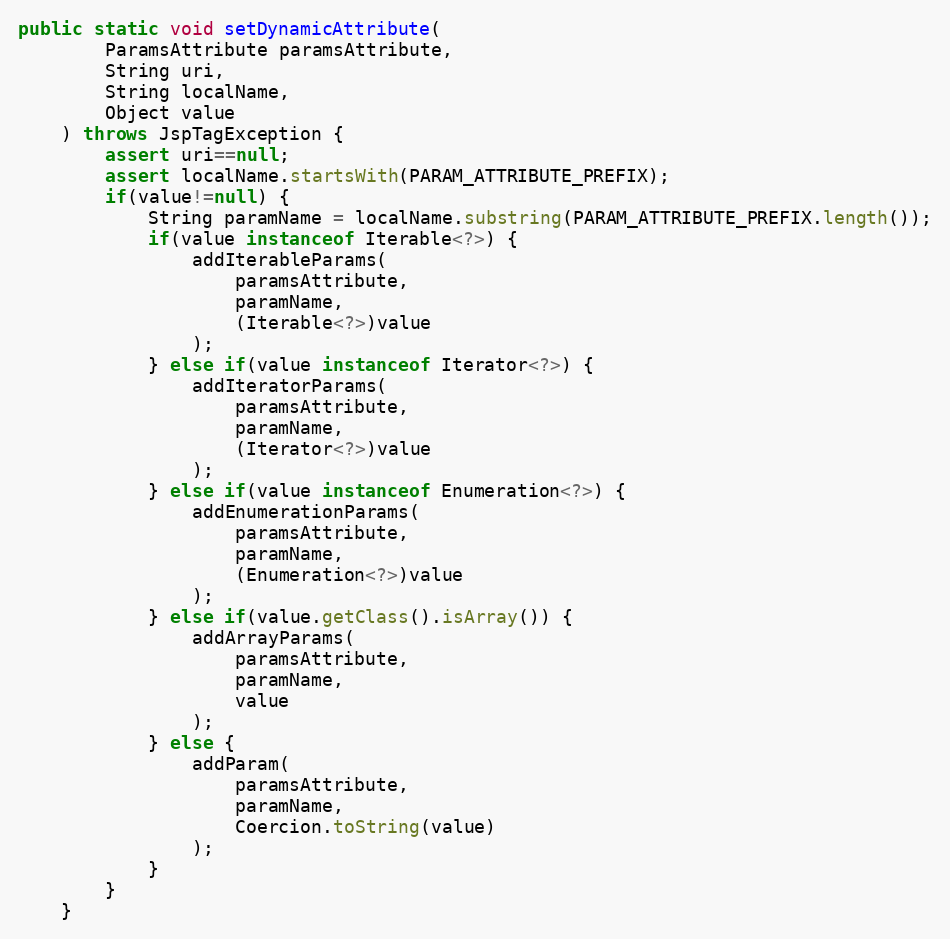
Language: Java
public static void setDynamicAttribute(
		ParamsAttribute paramsAttribute,
		String uri,
		String localName,
		Object value
	) throws JspTagException {
		assert uri==null;
		assert localName.startsWith(PARAM_ATTRIBUTE_PREFIX);
		if(value!=null) {
			String paramName = localName.substring(PARAM_ATTRIBUTE_PREFIX.length());
			if(value instanceof Iterable<?>) {
				addIterableParams(
					paramsAttribute,
					paramName,
					(Iterable<?>)value
				);
			} else if(value instanceof Iterator<?>) {
				addIteratorParams(
					paramsAttribute,
					paramName,
					(Iterator<?>)value
				);
			} else if(value instanceof Enumeration<?>) {
				addEnumerationParams(
					paramsAttribute,
					paramName,
					(Enumeration<?>)value
				);
			} else if(value.getClass().isArray()) {
				addArrayParams(
					paramsAttribute,
					paramName,
					value
				);
			} else {
				addParam(
					paramsAttribute,
					paramName,
					Coercion.toString(value)
				);
			}
		}
	}